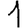
Digit: 1